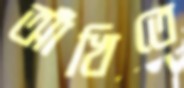
আঁখিতে